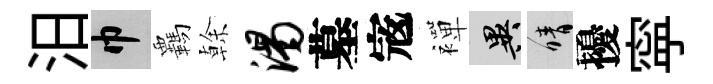
汨巾覊𠏉渴墓𡨥襌异晴擾寜